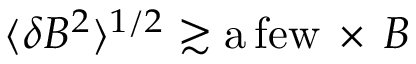
\langle \delta B ^ { 2 } \rangle ^ { 1 / 2 } \gtrsim \mathrm { a \, f e w } \, \times \, B